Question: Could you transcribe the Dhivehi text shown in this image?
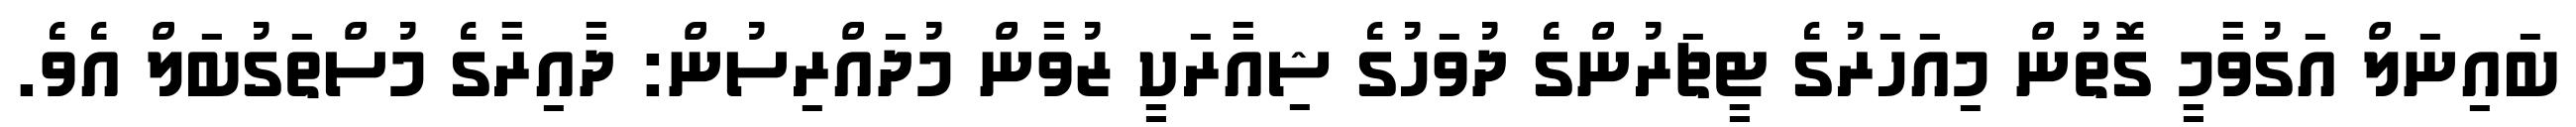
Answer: ބައިނަލް އަގުވާމީ ގޮތުން މިއަހަރުގެ ޓީޗަރުންގެ ދުވަހުގެ ޝިއާރަކީ ޒުވާން މުދައްރިސުން: ދާއިރާގެ މުސްތަގުބަލް އެވެ.